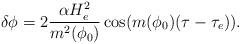
LaTeX: \begin{align*}\delta \phi= 2\frac{\alpha H^2_e}{m^2(\phi_0)}\cos(m(\phi_0)(\tau-\tau_e)).\end{align*}